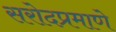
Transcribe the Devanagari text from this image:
सरोदप्रमाणे